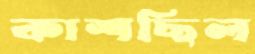
কাশছিল